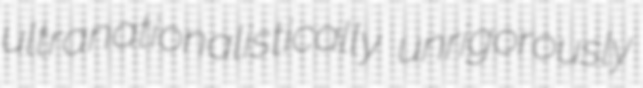
ultranationalistically unrigorously